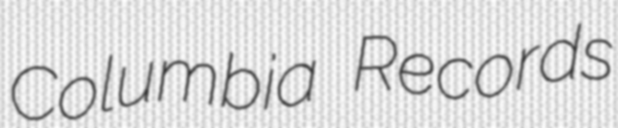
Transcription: Columbia Records